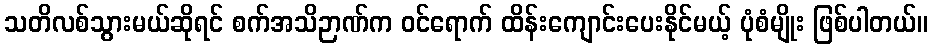
သတိလစ်သွားမယ်ဆိုရင် စက်အသိဉာဏ်က ဝင်ရောက် ထိန်းကျောင်းပေးနိုင်မယ့် ပုံစံမျိုး ဖြစ်ပါတယ်။